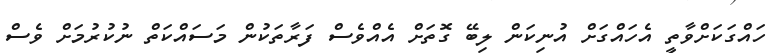
ހައްގަކަށްވާތީ އެހައްގަށް އުނިކަން ލިބޭ ގޮތަށް އެއްވެސް ފަރާތަކުން މަސައްކަތް ނުކުރުމަށް ވެސް